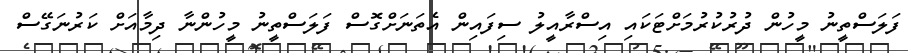
ފަލަސްތީނު މީހުން ދުރުކުރުމަށްޓަކައި އިސްރާއީލު ސިފައިން އެތަނަށްގޮސް ފަލަސްތީނު މީހުންނާ ދިމާއަށް ކަރުނަގޭސް